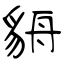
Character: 貈